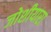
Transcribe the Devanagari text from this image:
जोशीयारा